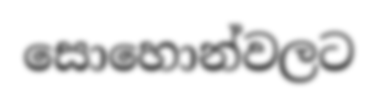
සොහොන්වලට